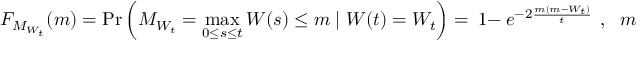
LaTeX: \, F _ { M _ { W _ { t } } } ( m ) = \operatorname* { P r } \left( M _ { W _ { t } } = \operatorname* { m a x } _ { 0 \leq s \leq t } W ( s ) \leq m \mid W ( t ) = W _ { t } \right) = \ 1 - \ e ^ { - 2 { \frac { m ( m - W _ { t } ) } { t } } } \ \, , \, \ \ m > \operatorname* { m a x } ( 0 , W _ { t } )